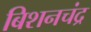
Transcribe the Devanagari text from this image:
बिशनचंद्र